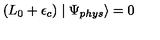
( L _ { 0 } + \epsilon _ { c } ) \mid \Psi _ { p h y s } \rangle = 0